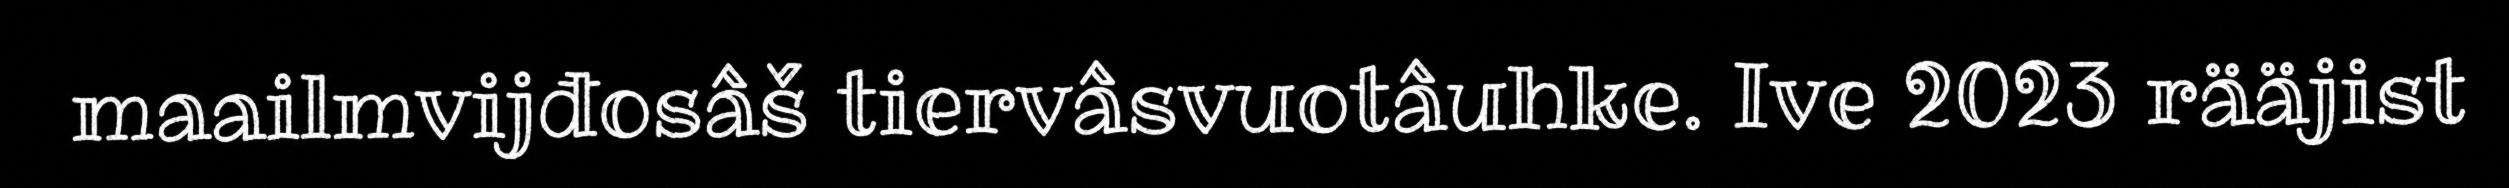
maailmvijđosâš tiervâsvuotâuhke. Ive 2023 rääjist